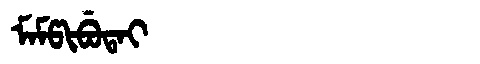
Manchu: ᠮᠠᠮᡦᡳᠪᡠᡨᠠᡳ
Romanization: MAMPIBUTAI